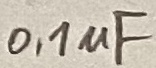
Text: 0,1uF